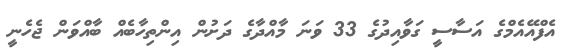
އެފްއޭއެމްގެ އަސާސީ ގަވާއިދުގެ 33 ވަނަ މާއްދާގެ ދަށުން އިންތިހާބެއް ބާއްވަން ޖެހެނީ